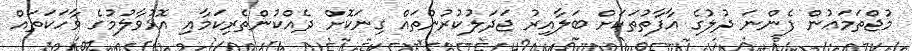
މުޖްތަމަޢުން ފެންނަ ދުލުގެ އާފާތުތަކަށް ބަލާއިރު ޖަދަލުކުރުންތައް ގިނަކޮށް ދެއްކުންތެރިކަމާއި އޮޅުވާލުމުގެ ވާހަކަތައް